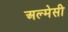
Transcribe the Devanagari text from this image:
अल्मेसी